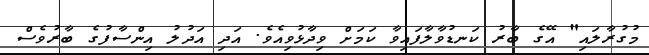
މުގުރާލައި" އޭގެ ބާރު ކަނޑުވާލާފައިވާ ކަމަށް ވިދާޅުވިއެވެ. އަދި އަދުލު އިންސާފުގެ ބާރުވެސް